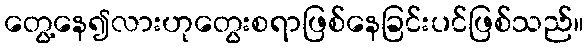
တွေ့နေ၍လားဟုတွေးစရာဖြစ်နေခြင်းပင်ဖြစ်သည်။